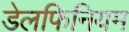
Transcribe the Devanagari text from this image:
डेलफिनियम